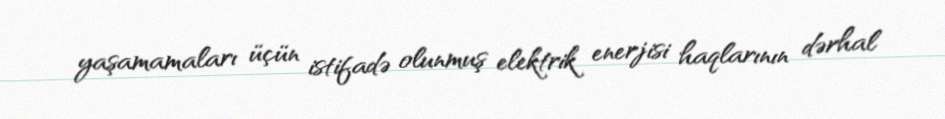
yaşamamaları üçün istifadə olunmuş elektrik enerjisi haqlarının dərhal